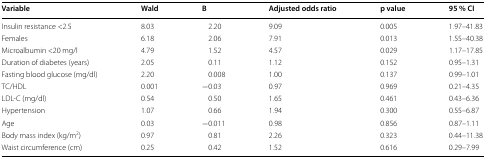
<table><thead><tr><td><b>Variable</b></td><td><b>Wald</b></td><td><b>B</b></td><td><b>Adjusted odds ratio</b></td><td><b>p value</b></td><td><b>95 % CI</b></td></tr></thead><tbody><tr><td>Insulin resistance &lt;2.5</td><td>8.03</td><td>2.20</td><td>9.09</td><td>0.005</td><td>1.97–41.83</td></tr><tr><td>Females</td><td>6.18</td><td>2.06</td><td>7.91</td><td>0.013</td><td>1.55–40.38</td></tr><tr><td>Microalbumin &lt;20 mg/l</td><td>4.79</td><td>1.52</td><td>4.57</td><td>0.029</td><td>1.17–17.85</td></tr><tr><td>Duration of diabetes (years)</td><td>2.05</td><td>0.11</td><td>1.12</td><td>0.152</td><td>0.95–1.31</td></tr><tr><td>Fasting blood glucose (mg/dl)</td><td>2.20</td><td>0.008</td><td>1.00</td><td>0.137</td><td>0.99–1.01</td></tr><tr><td>TC/HDL</td><td>0.001</td><td>−0.03</td><td>0.97</td><td>0.969</td><td>0.21–4.35</td></tr><tr><td>LDL-C (mg/dl)</td><td>0.54</td><td>0.50</td><td>1.65</td><td>0.461</td><td>0.43–6.36</td></tr><tr><td>Hypertension</td><td>1.07</td><td>0.66</td><td>1.94</td><td>0.300</td><td>0.55–6.87</td></tr><tr><td>Age</td><td>0.03</td><td>−0.011</td><td>0.98</td><td>0.856</td><td>0.87–1.11</td></tr><tr><td>Body mass index (kg/m<sup>2</sup>)</td><td>0.97</td><td>0.81</td><td>2.26</td><td>0.323</td><td>0.44–11.38</td></tr><tr><td>Waist circumference (cm)</td><td>0.25</td><td>0.42</td><td>1.52</td><td>0.616</td><td>0.29–7.99</td></tr></tbody></table>